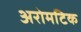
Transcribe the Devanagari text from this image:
अरोमटिक